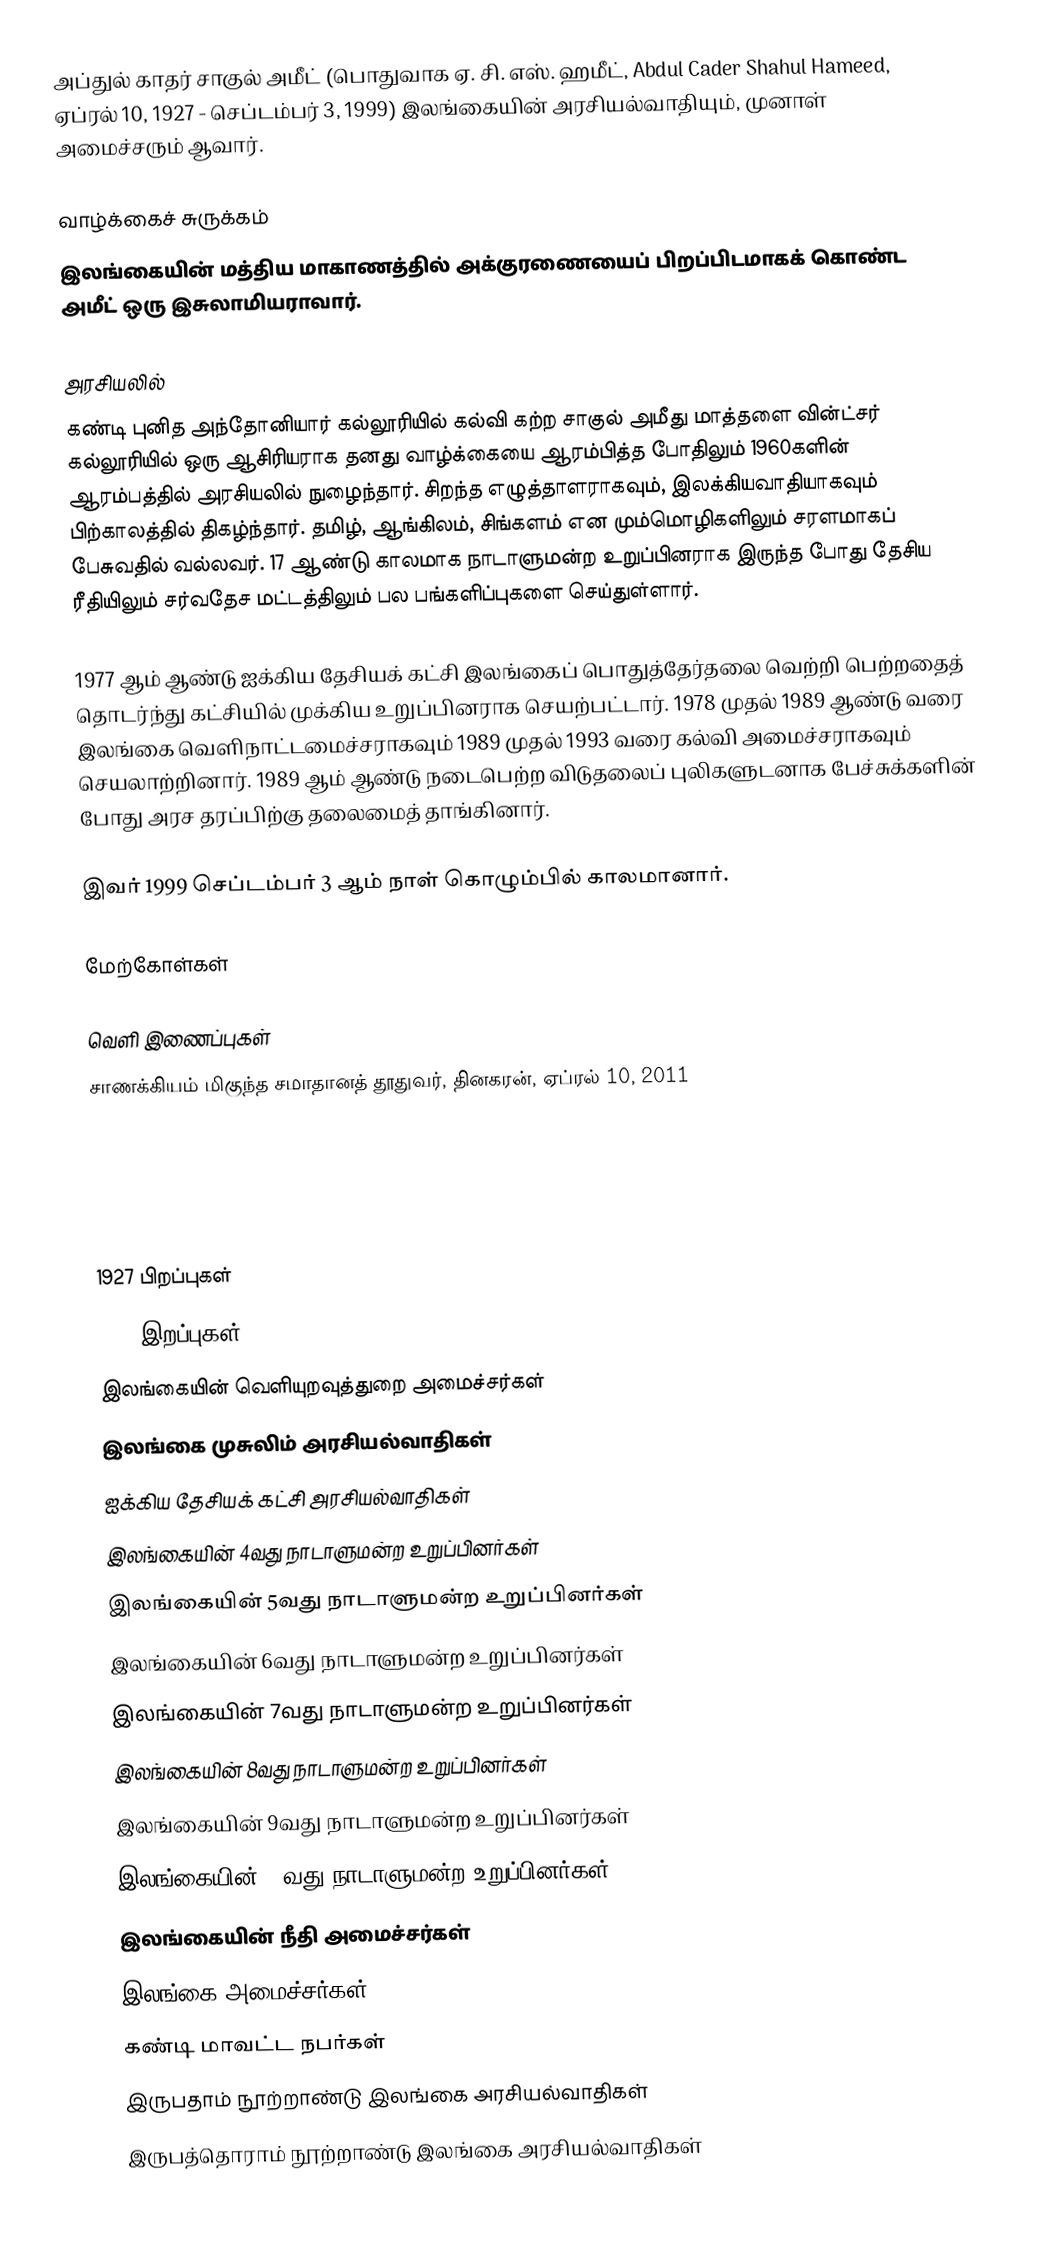
அப்துல் காதர் சாகுல் அமீட் (பொதுவாக ஏ. சி. எஸ். ஹமீட், Abdul Cader Shahul Hameed, ஏப்ரல் 10, 1927 - செப்டம்பர் 3, 1999) இலங்கையின் அரசியல்வாதியும், முனாள் அமைச்சரும் ஆவார்.

வாழ்க்கைச் சுருக்கம்
இலங்கையின் மத்திய மாகாணத்தில் அக்குரணையைப் பிறப்பிடமாகக் கொண்ட அமீட் ஒரு இசுலாமியராவார்.

அரசியலில்
கண்டி புனித அந்தோனியார் கல்லூரியில் கல்வி கற்ற சாகுல் அமீது மாத்தளை வின்ட்சர் கல்லூரியில் ஒரு ஆசிரியராக தனது வாழ்க்கையை ஆரம்பித்த போதிலும் 1960களின் ஆரம்பத்தில் அரசியலில் நுழைந்தார். சிறந்த எழுத்தாளராகவும், இலக்கியவாதியாகவும் பிற்காலத்தில் திகழ்ந்தார். தமிழ், ஆங்கிலம், சிங்களம் என மும்மொழிகளிலும் சரளமாகப் பேசுவதில் வல்லவர். 17 ஆண்டு காலமாக நாடாளுமன்ற உறுப்பினராக இருந்த போது தேசிய ரீதியிலும் சர்வதேச மட்டத்திலும் பல பங்களிப்புகளை செய்துள்ளார்.

1977 ஆம் ஆண்டு ஐக்கிய தேசியக் கட்சி இலங்கைப் பொதுத்தேர்தலை வெற்றி பெற்றதைத் தொடர்ந்து கட்சியில் முக்கிய உறுப்பினராக செயற்பட்டார். 1978 முதல் 1989 ஆண்டு வரை இலங்கை வெளிநாட்டமைச்சராகவும் 1989 முதல் 1993 வரை கல்வி அமைச்சராகவும் செயலாற்றினார். 1989 ஆம் ஆண்டு நடைபெற்ற விடுதலைப் புலிகளுடனாக பேச்சுக்களின் போது அரச தரப்பிற்கு தலைமைத் தாங்கினார்.

இவர் 1999 செப்டம்பர் 3 ஆம் நாள் கொழும்பில் காலமானார்.

மேற்கோள்கள்

வெளி இணைப்புகள்
சாணக்கியம் மிகுந்த சமாதானத் தூதுவர், தினகரன், ஏப்ரல் 10, 2011

1927 பிறப்புகள்
1999 இறப்புகள்
இலங்கையின் வெளியுறவுத்துறை அமைச்சர்கள்
இலங்கை முசுலிம் அரசியல்வாதிகள்
ஐக்கிய தேசியக் கட்சி அரசியல்வாதிகள்
இலங்கையின் 4வது நாடாளுமன்ற உறுப்பினர்கள்
இலங்கையின் 5வது நாடாளுமன்ற உறுப்பினர்கள்
இலங்கையின் 6வது நாடாளுமன்ற உறுப்பினர்கள்
இலங்கையின் 7வது நாடாளுமன்ற உறுப்பினர்கள்
இலங்கையின் 8வது நாடாளுமன்ற உறுப்பினர்கள்
இலங்கையின் 9வது நாடாளுமன்ற உறுப்பினர்கள்
இலங்கையின் 10வது நாடாளுமன்ற உறுப்பினர்கள்
இலங்கையின் நீதி அமைச்சர்கள்
இலங்கை அமைச்சர்கள்
கண்டி மாவட்ட நபர்கள்
இருபதாம் நூற்றாண்டு இலங்கை அரசியல்வாதிகள்
இருபத்தொராம் நூற்றாண்டு இலங்கை அரசியல்வாதிகள்